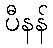
ပီနန်